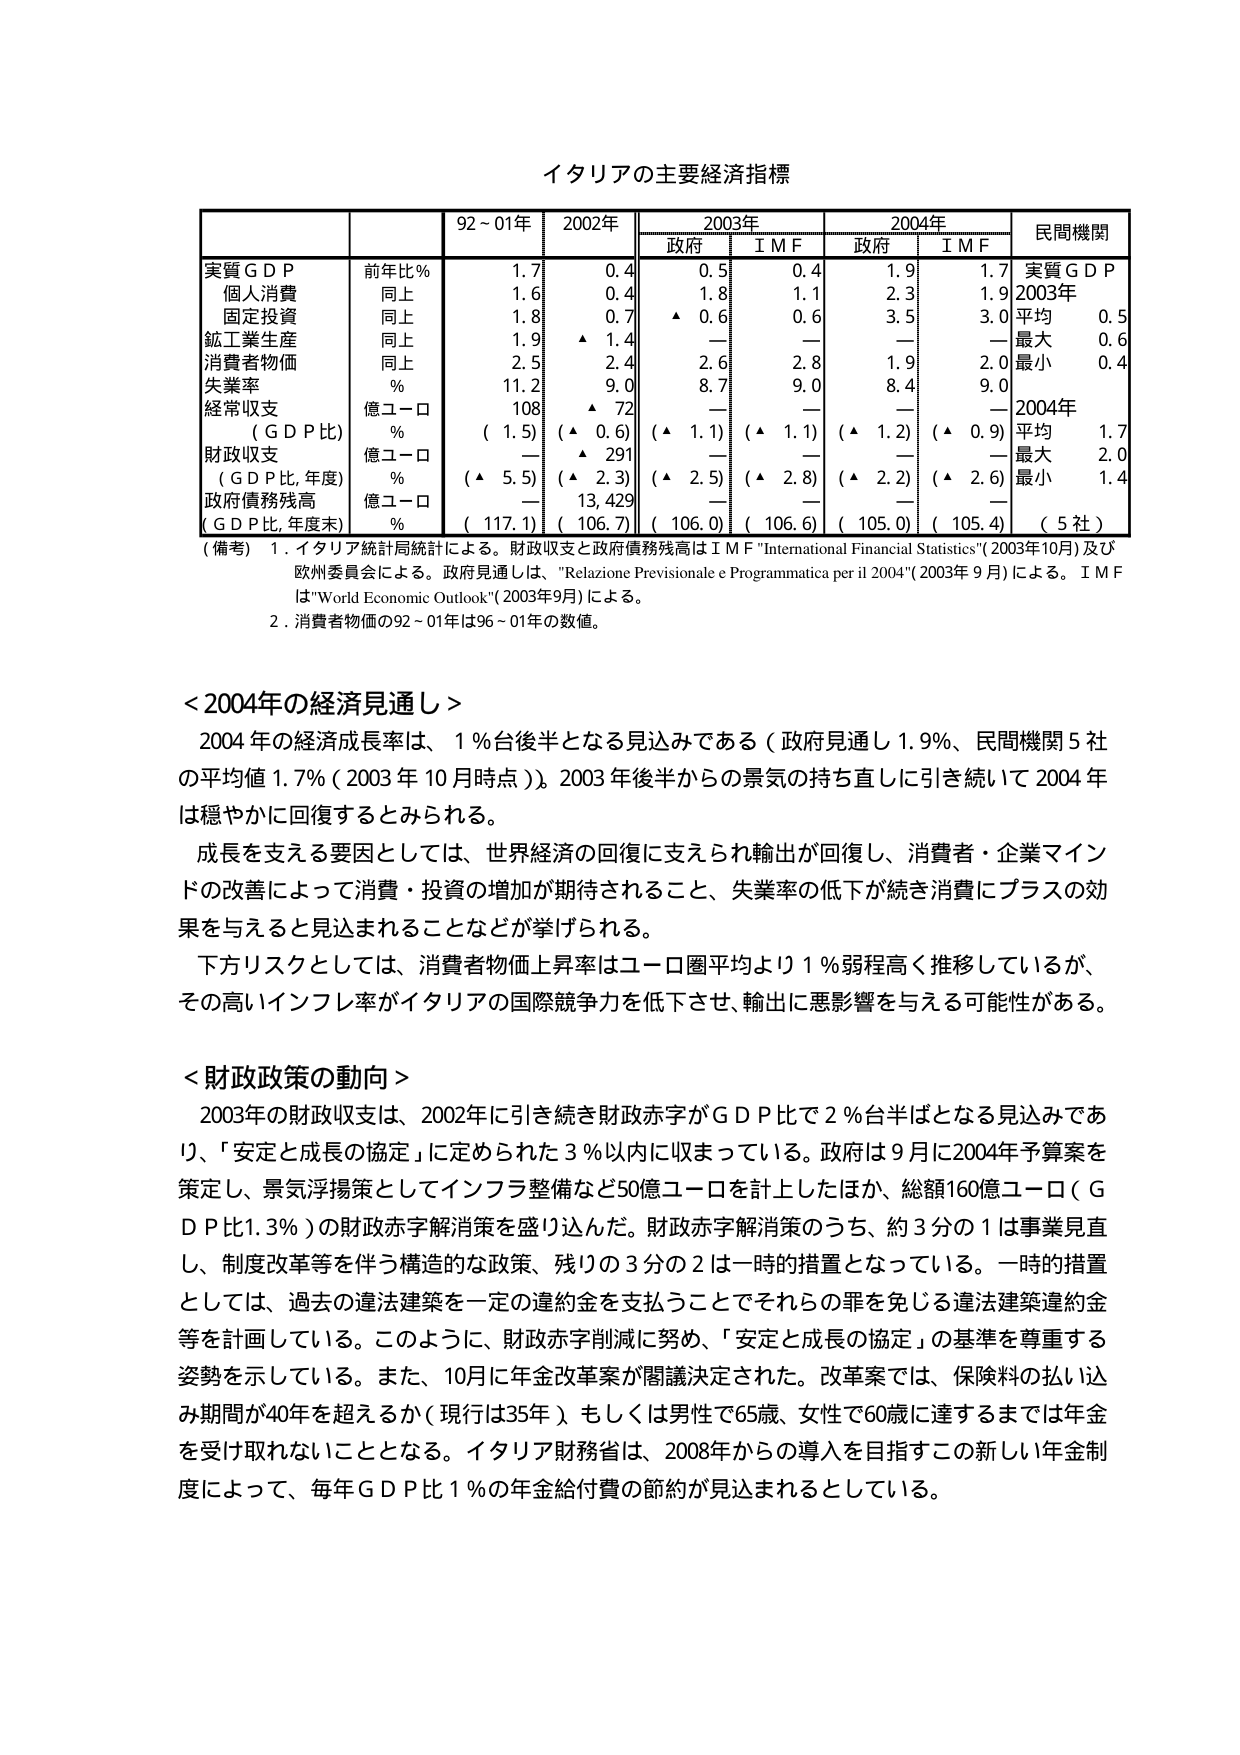
イタリアの主要経済指標

| | | 92～01年 | 2002年 | 2003年 | 2004年 | 民間機関 |
|---|---|---|---|---|---|---|
| | | | | 政府 | ＩＭＦ | 政府 | ＩＭＦ | |
| 実質ＧＤＰ | 前年比％ | 1.7 | 0.4 | 0.5 | 0.4 | 1.9 | 1.7 | 実質ＧＤＰ |
| 個人消費 | 同上 | 1.6 | 0.4 | 1.8 | 1.1 | 2.3 | 1.9 | 2003年 |
| 固定投資 | 同上 | 1.8 | 0.7 | ▲ 0.6 | 0.6 | 3.5 | 3.0 | 平均 0.5 |
| 鉱工業生産 | 同上 | 1.9 | ▲ 1.4 | — | — | — | — | 最大 0.6 |
| 消費者物価 | 同上 | 2.5 | 2.4 | 2.6 | 2.8 | 1.9 | 2.0 | 最小 0.4 |
| 失業率 | ％ | 11.2 | 9.0 | 8.7 | 9.0 | 8.4 | 9.0 | |
| 経常収支 | 億ユーロ | 108 | ▲ 72 | — | — | — | — | 2004年 |
| （ＧＤＰ比） | ％ | （ 1.5） | （▲ 0.6） | （▲ 1.1） | （▲ 1.1） | （▲ 1.2） | （▲ 0.9） | 平均 1.7 |
| 財政収支 | 億ユーロ | — | ▲ 291 | — | — | — | — | 最大 2.0 |
| （ＧＤＰ比，年度） | ％ | （▲ 5.5） | （▲ 2.3） | （▲ 2.5） | （▲ 2.8） | （▲ 2.2） | （▲ 2.6） | 最小 1.4 |
| 政府債務残高 | 億ユーロ | — | 13,429 | — | — | — | — | |
| （ＧＤＰ比，年度末） | ％ | （ 117.1） | （ 106.7） | （ 106.0） | （ 106.6） | （ 105.0） | （ 105.4） | （ 5社） |

（備考） 1．イタリア統計局統計による。財政収支と政府債務残高はＩＭＦ "International Financial Statistics"（2003年10月）及び欧州委員会による。政府見通しは、"Relazione Previsionale e Programmatica per il 2004"（2003年9月）による。ＩＭＦは"World Economic Outlook"（2003年9月）による。
2．消費者物価の92～01年は96～01年の数値。

＜2004年の経済見通し＞
2004年の経済成長率は、1％台後半となる見込みである（政府見通し1.9％、民間機関5社の平均値1.7％（2003年10月時点））。2003年後半からの景気の持ち直しに引き続いて2004年は穏やかに回復するとみられる。
成長を支える要因としては、世界経済の回復に支えられ輸出が回復し、消費者・企業マインドの改善によって消費・投資の増加が期待されること、失業率の低下が続き消費にプラスの効果を与えると見込まれることなどが挙げられる。
下方リスクとしては、消費者物価上昇率はユーロ圏平均より1％弱程高く推移しているが、その高いインフレ率がイタリアの国際競争力を低下させ、輸出に悪影響を与える可能性がある。

＜財政政策の動向＞
2003年の財政収支は、2002年に引き続き財政赤字がＧＤＰ比で2％台半ばとなる見込みであり、「安定と成長の協定」に定められた3％以内に収まっている。政府は9月に2004年予算案を策定し、景気浮揚策としてインフラ整備など50億ユーロを計上したほか、総額160億ユーロ（ＧＤＰ比1.3％）の財政赤字解消策を盛り込んだ。財政赤字解消策のうち、約3分の1は事業見直し、制度改革等を伴う構造的な政策、残りの3分の2は一時的措置となっている。一時的措置としては、過去の違法建築を一定の違約金を支払うことでそれらの罪を免じる違法建築違約金等を計画している。このように、財政赤字削減に努め、「安定と成長の協定」の基準を尊重する姿勢を示している。また、10月に年金改革案が閣議決定された。改革案では、保険料の払い込み期間が40年を超えるか（現行は35年）もしくは男性で65歳、女性で60歳に達するまでは年金を受け取れないこととなる。イタリア財務省は、2008年からの導入を目指すこの新しい年金制度によって、毎年ＧＤＰ比1％の年金給付費の節約が見込まれるとしている。